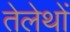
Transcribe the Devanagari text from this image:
तेलेथों